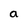
Character: a